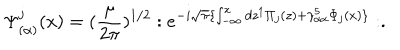
\Psi _ { ( \alpha ) } ^ { j } ( x ) = ( \frac { \mu } { 2 \pi } ) ^ { 1 / 2 } : e ^ { - i \sqrt { \pi } \{ \int _ { - \infty } ^ { x } d z ^ { 1 } \Pi _ { j } ( z ) + \gamma _ { \alpha \alpha } ^ { 5 } \Phi _ { j } ( x ) \} } : .